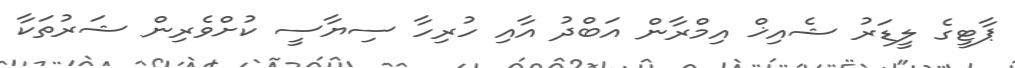
ޕާޓީގެ ލީޑަރު ޝެއިޚް އިމްރާން އަބްދު އާއި ހުރިހާ ސިޔާސީ ކުށްވެރިން ޝަރުތަކާ